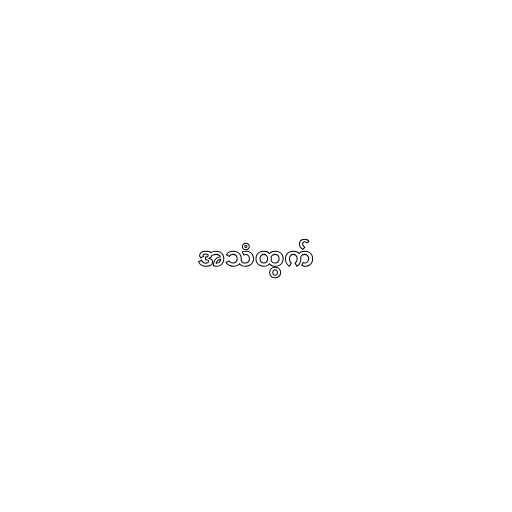
အသံထွက်